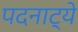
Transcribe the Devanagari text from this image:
पदनाट्ये